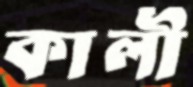
কালী